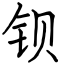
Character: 钡